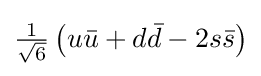
{\textstyle \mathrm {\frac {1}{\sqrt {6}}} \left(u{\bar {u}}+d{\bar {d}}-2s{\bar {s}}\right)}